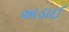
અડાઈ